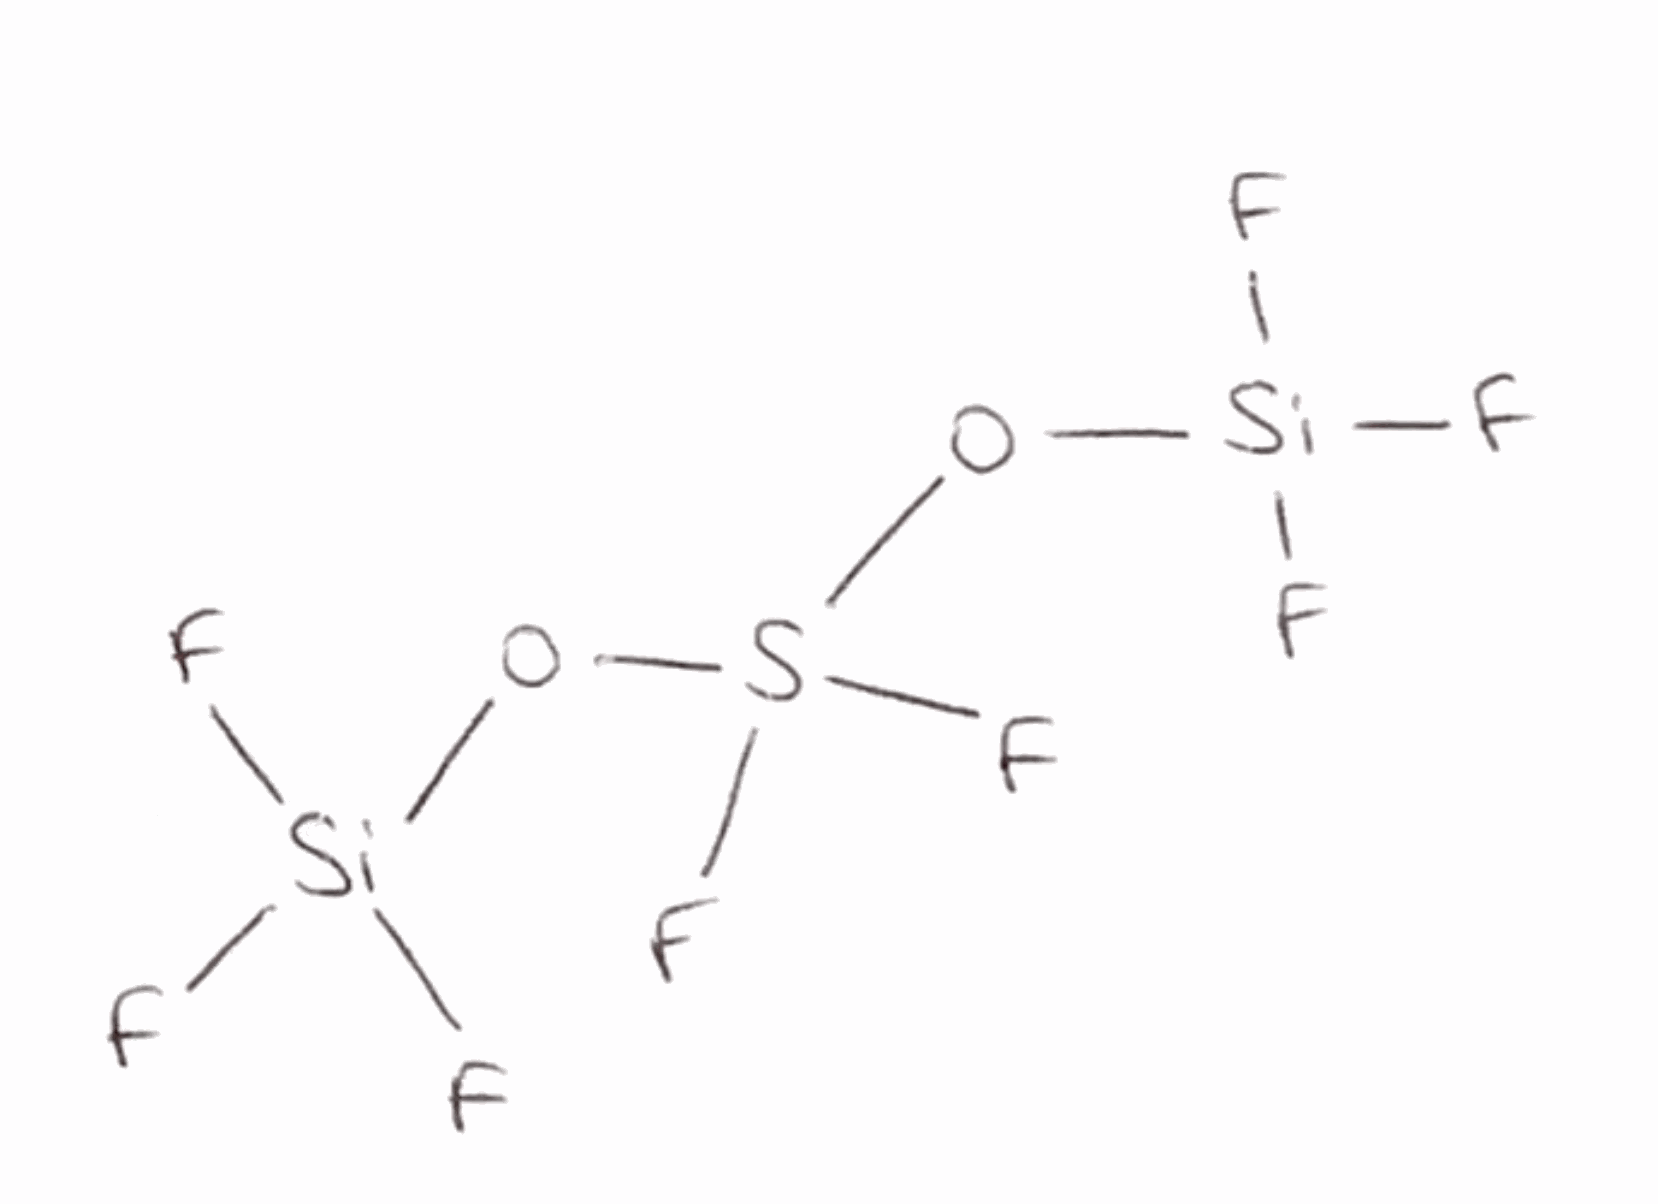
Simplified molecular-input line-entry system (SMILES) notation of the given molecule:
O([Si](F)(F)F)S(O[Si](F)(F)F)(F)F